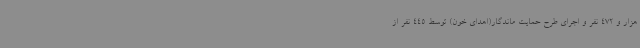
هزار و 472 نفر و اجرای طرح حمایت ماندگار(اهدای خون) توسط 445 نفر از